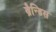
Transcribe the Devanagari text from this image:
ब्रैन्डिस